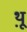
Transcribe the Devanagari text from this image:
थ़्रू